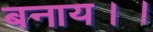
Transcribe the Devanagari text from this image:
बनाय।।